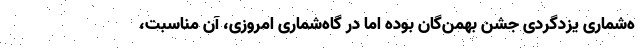
ه‌شماری یزدگردی جشن بهمن‌گان بوده اما در گاه‌شماری امروزی، آن مناسبت،